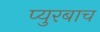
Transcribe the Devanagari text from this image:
प्युरबाच